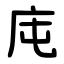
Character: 庉